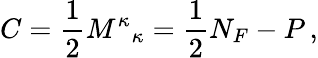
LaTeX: C=\frac{1}{2}{M^{\kappa}}_{\kappa}=\frac{1}{2}N_{F}-P\, ,